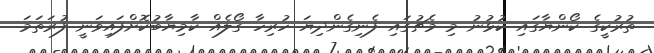
ތުރުކީގެ ކޯންޔާގައި ކުޅުނު މި މެޗުގައި ފެނިގެންދިޔަ ހުރިހާ ގޯލެއް ކާމިޔާބުކޮށްފައިވަނީ ފުރަތަމަ